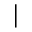
|